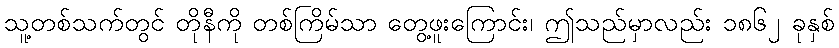
သူ့တစ်သက်တွင် တိုနီကို တစ်ကြိမ်သာ တွေ့ဖူးကြောင်း၊ ဤသည်မှာလည်း ၁၈၆၂ ခုနှစ်